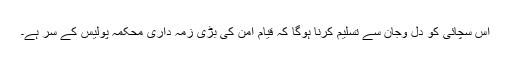
اس سچائی کو دل وجان سے تسلیم کرنا ہوگا کہ قیام امن کی بڑی زمہ داری محکمہ پولیس کے سر ہے۔